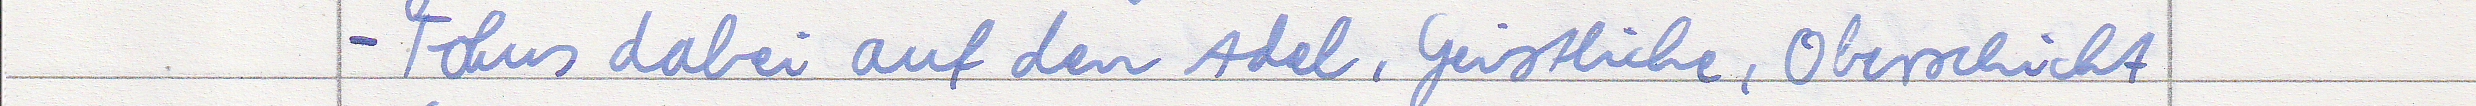
- Fokus dabei auf den Adel, Geistliche, Oberschicht